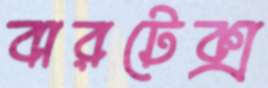
বারটেক্স